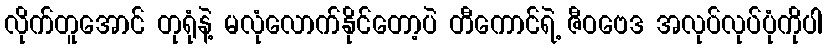
လိုက်တူအောင် တုရုံနဲ့ မလုံလောက်နိုင်တော့ပဲ တီကောင်ရဲ့ ဇီဝဗေဒ အလုပ်လုပ်ပုံကိုပါ